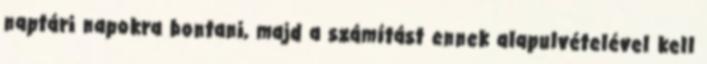
naptári napokra bontani, majd a számítást ennek alapulvételével kell